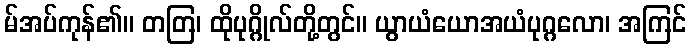
မ်အပ်ကုန်၏။ တတြ၊ ထိုပုဂ္ဂိုလ်တို့တွင်။ ယွာယံယောအယံပုဂ္ဂလော၊ အကြင်